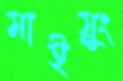
মাইয়ুং